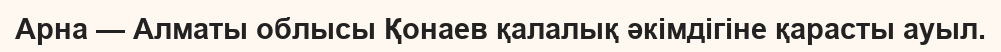
Арна — Алматы облысы Қонаев қалалық әкімдігіне қарасты ауыл.